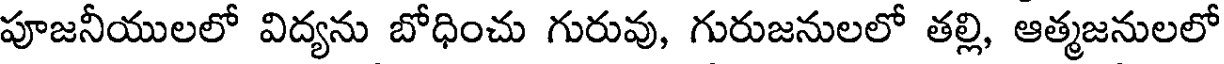
పూజనీయులలో విద్యను బోధించు గురువు, గురుజనులలో తల్లి, ఆత్మజనులలో